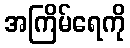
အကြိမ်ရေကို